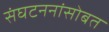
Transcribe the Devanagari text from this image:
संघटननांसोबत